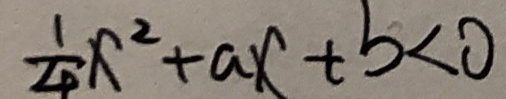
\frac { 1 } { 4 } x ^ { 2 } + a x + b < 0